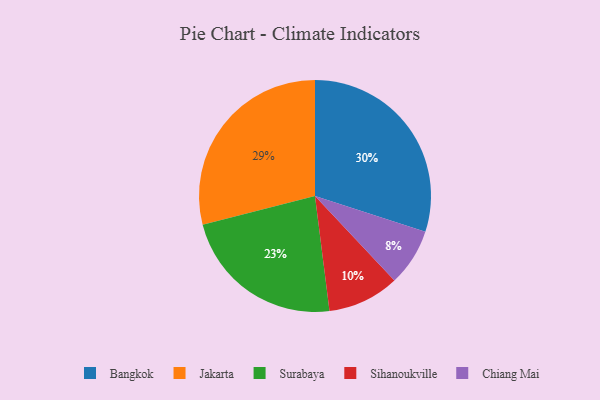
{"axis": {"x": "Category", "y": "Percentage"}, "legend": ["Bangkok", "Chiang Mai", "Jakarta", "Sihanoukville", "Surabaya"], "data": [{"x": "Chiang Mai", "y": 8, "type": "Chiang Mai"}, {"x": "Surabaya", "y": 23, "type": "Surabaya"}, {"x": "Jakarta", "y": 29, "type": "Jakarta"}, {"x": "Sihanoukville", "y": 10, "type": "Sihanoukville"}, {"x": "Bangkok", "y": 30, "type": "Bangkok"}]}